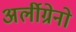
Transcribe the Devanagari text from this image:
अर्लीग्रेनो